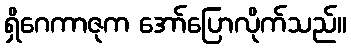
ရှိဂေကာဇုက အော်ပြောလိုက်သည်။